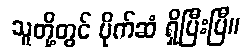
သူတို့တွင် ပိုက်ဆံ ရှိပြီးပြီ။